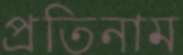
প্রতিনাম